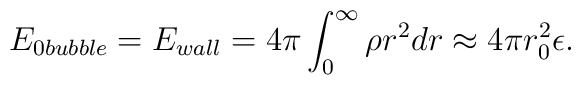
E_{0 bubble} = E_{wall} =4\pi \int _0 ^\infty \rho r^2 dr \approx 4\pi r_0 ^2\epsilon.